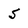
Character: 5